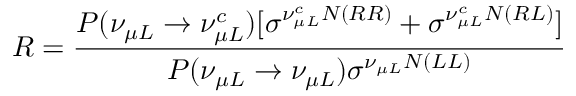
R = \frac { P ( \nu _ { \mu L } \rightarrow \nu _ { \mu L } ^ { c } ) [ \sigma ^ { \nu _ { \mu L } ^ { c } N ( R R ) } + \sigma ^ { \nu _ { \mu L } ^ { c } N ( R L ) } ] } { P ( \nu _ { \mu L } \rightarrow \nu _ { \mu L } ) \sigma ^ { \nu _ { \mu L } N ( L L ) } }